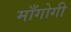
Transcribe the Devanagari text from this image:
माँगोगी